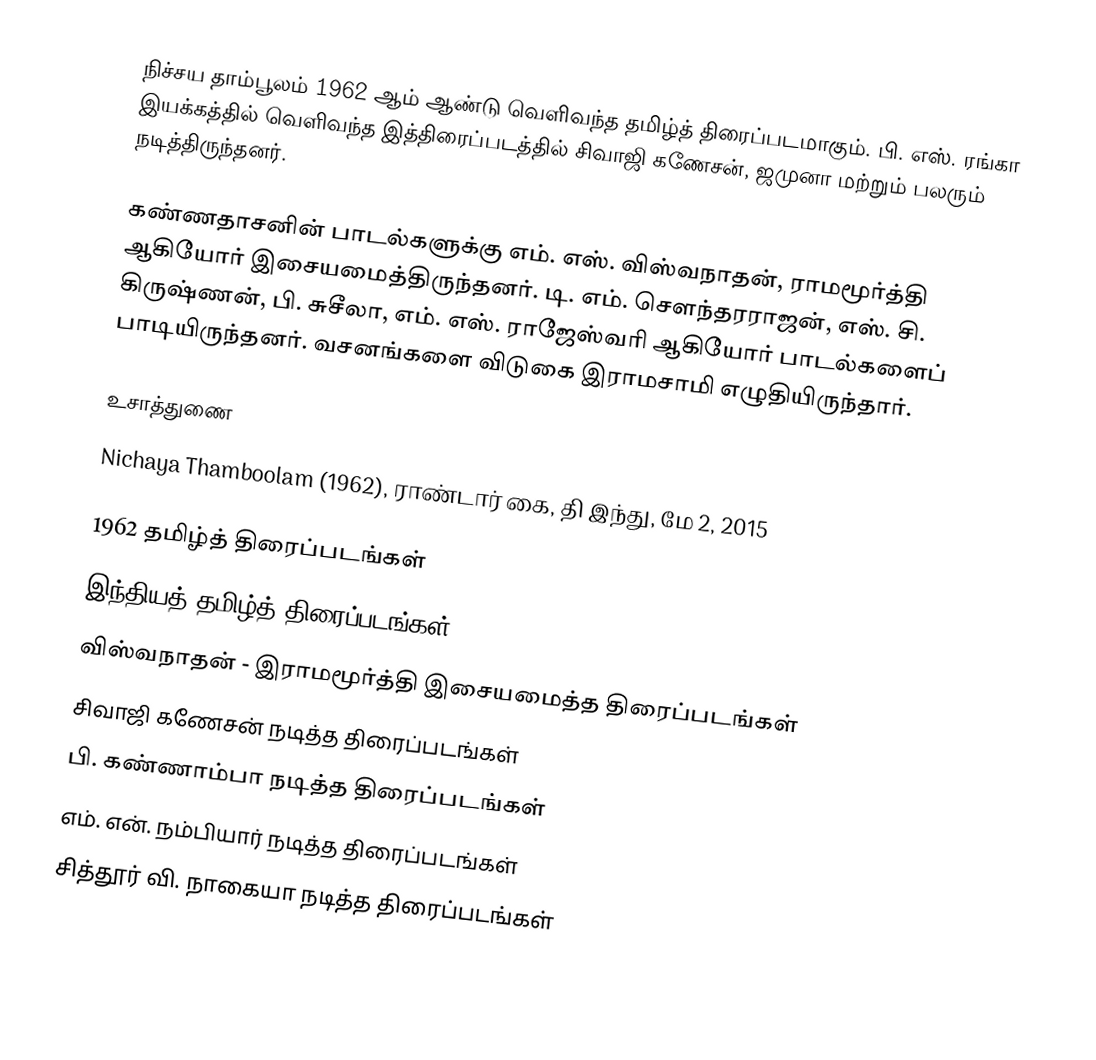
நிச்சய தாம்பூலம் 1962 ஆம் ஆண்டு வெளிவந்த தமிழ்த் திரைப்படமாகும். பி. எஸ். ரங்கா இயக்கத்தில் வெளிவந்த இத்திரைப்படத்தில் சிவாஜி கணேசன், ஜமுனா மற்றும் பலரும் நடித்திருந்தனர்.

கண்ணதாசனின் பாடல்களுக்கு எம். எஸ். விஸ்வநாதன், ராமமூர்த்தி ஆகியோர் இசையமைத்திருந்தனர். டி. எம். சௌந்தரராஜன், எஸ். சி. கிருஷ்ணன், பி. சுசீலா, எம். எஸ். ராஜேஸ்வரி ஆகியோர் பாடல்களைப் பாடியிருந்தனர். வசனங்களை விடுகை இராமசாமி எழுதியிருந்தார்.

உசாத்துணை
Nichaya Thamboolam (1962), ராண்டார் கை, தி இந்து, மே 2, 2015

1962 தமிழ்த் திரைப்படங்கள்
இந்தியத் தமிழ்த் திரைப்படங்கள்
விஸ்வநாதன் - இராமமூர்த்தி இசையமைத்த திரைப்படங்கள்
சிவாஜி கணேசன் நடித்த திரைப்படங்கள்
பி. கண்ணாம்பா நடித்த திரைப்படங்கள்
எம். என். நம்பியார் நடித்த திரைப்படங்கள்
சித்தூர் வி. நாகையா நடித்த திரைப்படங்கள்